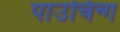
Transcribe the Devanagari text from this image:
पाउचिन्ग